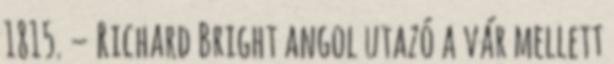
1815. – Richard Bright angol utazó a vár mellett